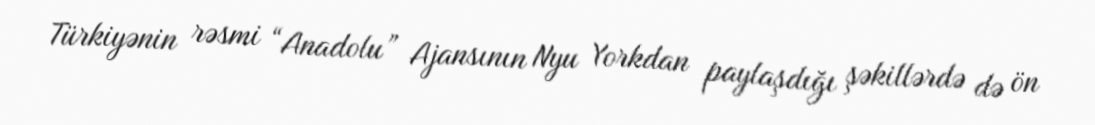
Türkiyənin rəsmi “Anadolu” Ajansının Nyu Yorkdan paylaşdığı şəkillərdə də ön